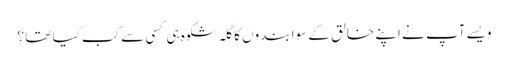
ویسے آپ نے اپنے خالق کے سوا بندوں کا گلہ شکوہ ہی کسی سے کب کیا تھا ؟